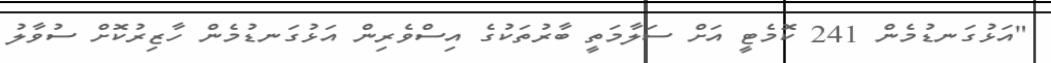
"އަޅުގަނޑުމެން 241 ކޮމެޓީ އަށް ސަލާމަތީ ބާރުތަކުގެ އިސްވެރިން އަޅުގަނޑުމެން ހާޒިރުކޮށް ސުވާލު